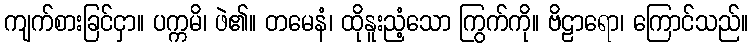
ကျက်စားခြင်ငှာ။ ပက္ကမိ၊ ဖဲ၏။ တမေနံ၊ ထိုနူးညံ့သော ကြွက်ကို။ ဗိဠာရော၊ ကြောင်သည်။